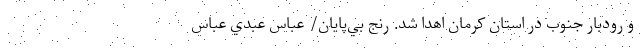
و رودبار جنوب در استان کرمان اهدا شد. رنج بي‌پايان/ عباس عبدي عباس